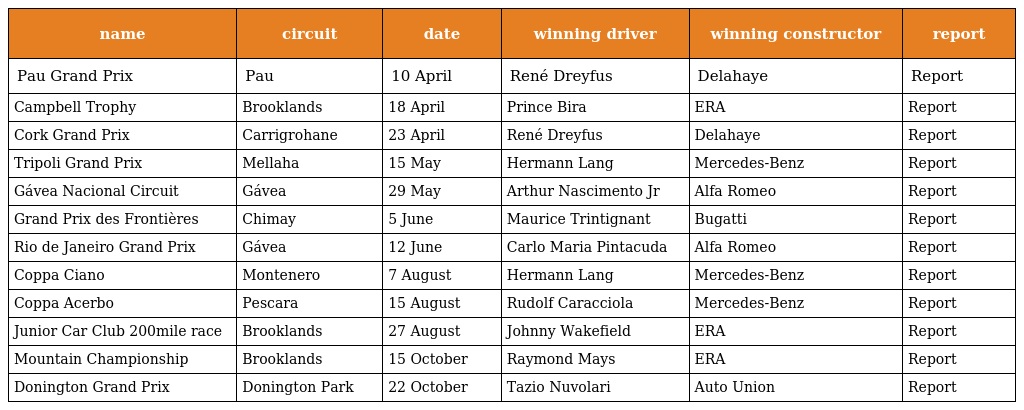
| name | circuit | date | winning driver | winning constructor | report |
 | --- | --- | --- | --- | --- | --- |
 | Pau Grand Prix | Pau | 10 April | René Dreyfus | Delahaye | Report |
 | Campbell Trophy | Brooklands | 18 April | Prince Bira | ERA | Report |
 | Cork Grand Prix | Carrigrohane | 23 April | René Dreyfus | Delahaye | Report |
 | Tripoli Grand Prix | Mellaha | 15 May | Hermann Lang | Mercedes-Benz | Report |
 | Gávea Nacional Circuit | Gávea | 29 May | Arthur Nascimento Jr | Alfa Romeo | Report |
 | Grand Prix des Frontières | Chimay | 5 June | Maurice Trintignant | Bugatti | Report |
 | Rio de Janeiro Grand Prix | Gávea | 12 June | Carlo Maria Pintacuda | Alfa Romeo | Report |
 | Coppa Ciano | Montenero | 7 August | Hermann Lang | Mercedes-Benz | Report |
 | Coppa Acerbo | Pescara | 15 August | Rudolf Caracciola | Mercedes-Benz | Report |
 | Junior Car Club 200mile race | Brooklands | 27 August | Johnny Wakefield | ERA | Report |
 | Mountain Championship | Brooklands | 15 October | Raymond Mays | ERA | Report |
 | Donington Grand Prix | Donington Park | 22 October | Tazio Nuvolari | Auto Union | Report |